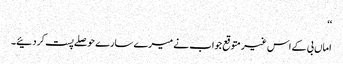
‘‘
اماں بی کے اس غیر متوقع جواب نے میرے سارے حوصلے پست کر دئیے۔